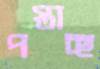
পস্তাচ্ছ